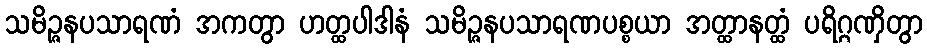
သမိဉ္ဇနပသာရဏံ အကတွာ ဟတ္ထပါဒါနံ သမိဉ္ဇနပသာရဏပစ္စယာ အတ္ထာနတ္ထံ ပရိဂ္ဂဏှိတွာ